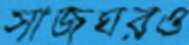
সাজঘরও